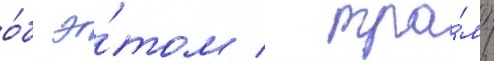
о́б э́том / тра́мп